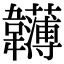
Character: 𩏵